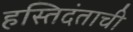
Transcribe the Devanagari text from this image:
हस्तिदंताची